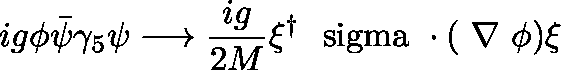
i g \phi \bar { \psi } \gamma _ { 5 } \psi \longrightarrow \frac { i g } { 2 M } \xi ^ { \dag } \mathrm { \boldmath ~ \ s i g m a ~ } \cdot ( \mathrm { \boldmath ~ \nabla ~ } \phi ) \xi